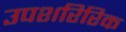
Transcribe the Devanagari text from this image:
उपशरिरिक